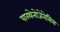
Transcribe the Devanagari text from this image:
पारथेनोजेनेसिस